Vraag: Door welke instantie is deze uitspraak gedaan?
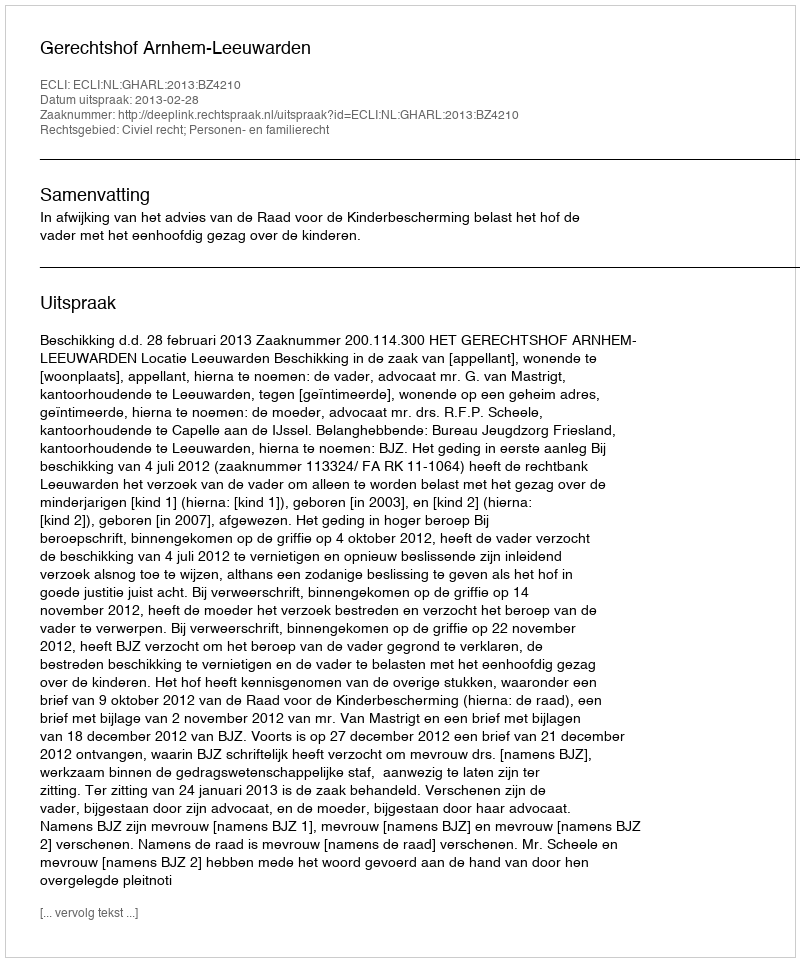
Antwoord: Gerechtshof Arnhem-Leeuwarden